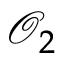
\mathcal { O } _ { 2 }